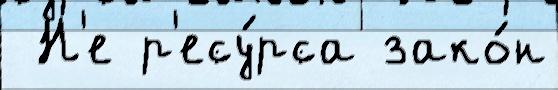
 Н'е р'есу́рса зако́н